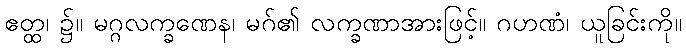
ဧတ္ထ၊ ၌။ မဂ္ဂလက္ခဏေန၊ မဂ်၏ လက္ခဏာအားဖြင့်။ ဂဟဏံ၊ ယူခြင်းကို။